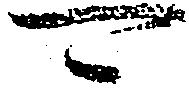
可